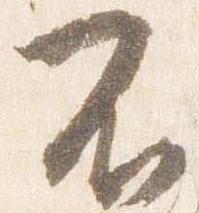
不